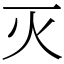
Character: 灭